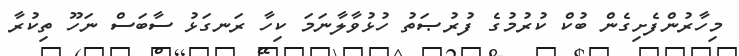
މިހާރުންފެށިގެން ބުކް ކުރުމުގެ ފުރުޞަތު ހުޅުވާލާނަމަ ކިހާ ރަނގަޅު ސާބަސް ނަހޫ ތިކުރާ